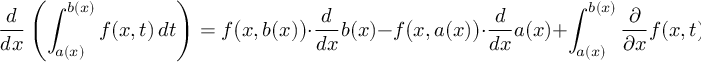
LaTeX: { \frac { d } { d x } } \left( \int _ { a ( x ) } ^ { b ( x ) } f ( x , t ) \, d t \right) = f { \big ( } x , b ( x ) { \big ) } \cdot { \frac { d } { d x } } b ( x ) - f { \big ( } x , a ( x ) { \big ) } \cdot { \frac { d } { d x } } a ( x ) + \int _ { a ( x ) } ^ { b ( x ) } { \frac { \partial } { \partial x } } f ( x , t ) \, d t .